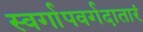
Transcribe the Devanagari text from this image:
स्वर्गापवर्गदातारं